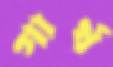
গার্থ